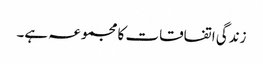
زندگی اتفاقات کا مجموعہ ہے۔